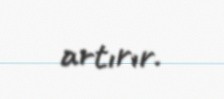
artırır.